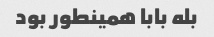
بله بابا همینطور بود